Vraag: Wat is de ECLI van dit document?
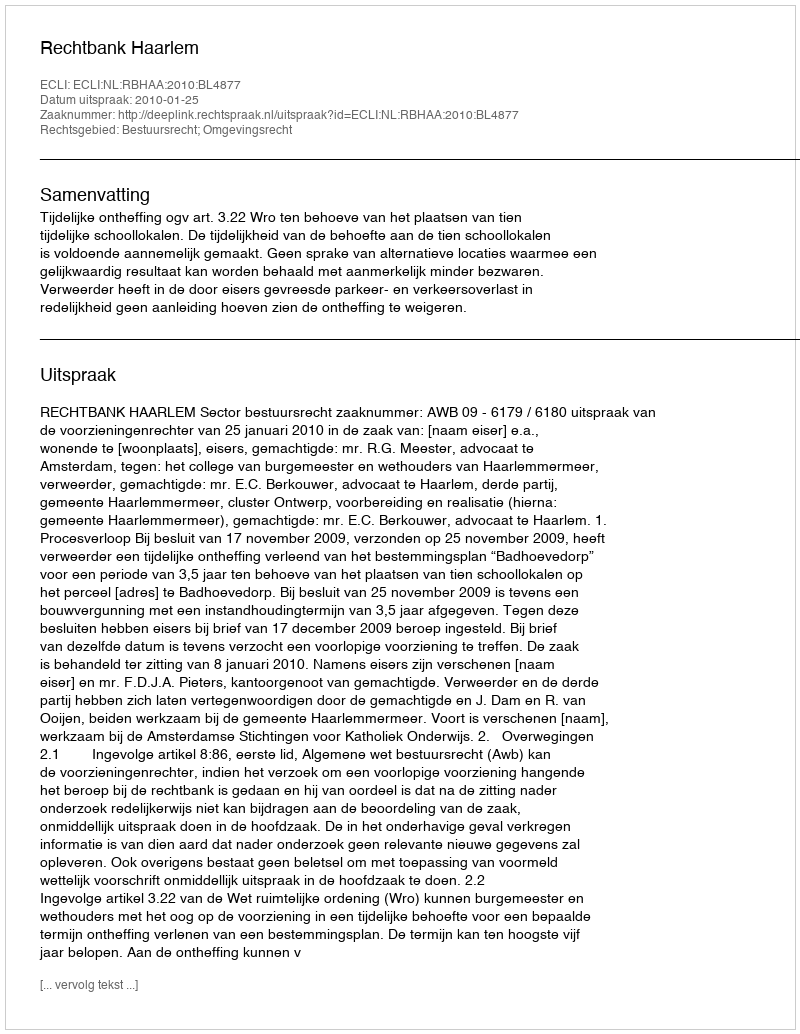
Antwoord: ECLI:NL:RBHAA:2010:BL4877